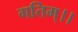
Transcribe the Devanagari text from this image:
गतिम्।।